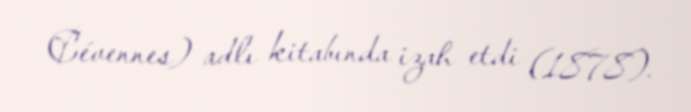
Cévennes) adlı kitabında izah etdi (1878).